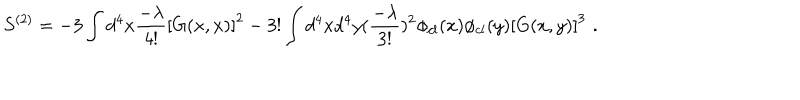
S ^ { ( 2 ) } = - 3 \int d ^ { 4 } x { \frac { - \lambda } { 4 ! } } \left[ G ( x , x ) \right] ^ { 2 } - 3 ! \int d ^ { 4 } x d ^ { 4 } y ( { \frac { - \lambda } { 3 ! } } ) ^ { 2 } \phi _ { c l } ( x ) \phi _ { c l } ( y ) \left[ G ( x , y ) \right] ^ { 3 } \, \, .